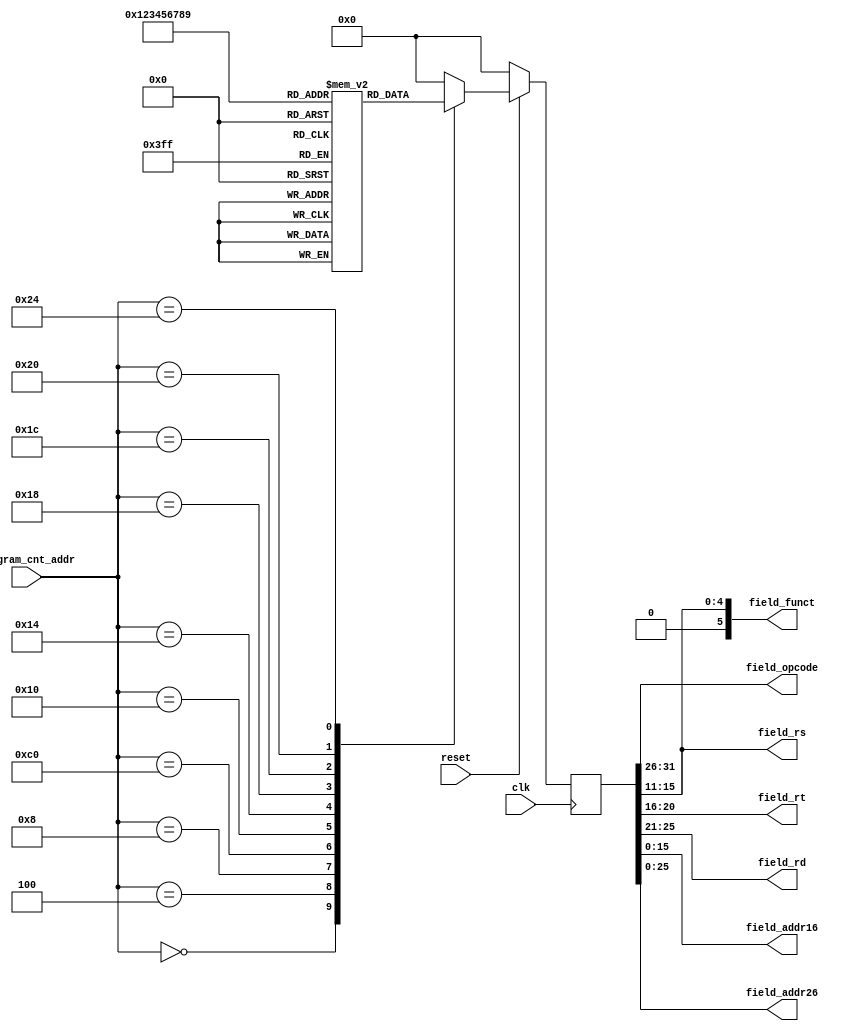
// Instruction Memory. MIPS CPU
// Nicolas Rodriguez
// Nov 13, 2020

// program to be exectued
// addi $t0, $t0,   2       0x21080002
// addi $t0, $t0,   2       0x21080002
// add  $t0, $t0, $t2       0x010a4020
// addi $t1, $t1,   1       0x21290001
// sw   $t0, 0($t1)         0xad280000
// lw   $t2, 0($t1)         0x8d2a0000
// loop:
// sub  $t0, $t0, $t1       0x01094022
// beq  $t0, $t1, end       0x11090001
// j    loop                0x08000006
// end:

// nine instructions
//
module instruction_memory (clk,
                           reset,
                           program_cnt_addr,
                           field_opcode,
                           field_rs,
                           field_rt,
                           field_rd,
                           field_funct,
                           field_addr16,
                           field_addr26
                           );

// i/o
input clk, reset;
input wire [31:0] program_cnt_addr;

output wire [ 5:0] field_opcode;
output wire [ 4:0] field_rs;
output wire [ 4:0] field_rt;
output wire [ 4:0] field_rd;
output wire [ 5:0] field_funct;
output wire [15:0] field_addr16;
output wire [25:0] field_addr26;

// local
reg [31:0] local_instruction_reg;

// 9 instructions
reg [31:0] instructions [0:9];

initial begin
  instructions[0] = 32'h21080002;
  instructions[1] = 32'h21080002;
  instructions[2] = 32'h010a4020;
  instructions[3] = 32'h21290001;
  instructions[4] = 32'had280000;
  instructions[5] = 32'h8d2a0000;
  instructions[6] = 32'h01094022;
  instructions[7] = 32'h11090001;
  instructions[8] = 32'h08000006;
  instructions[9] = 32'hffffffff;
end

// logic
assign field_opcode = local_instruction_reg[31:26];
assign field_rd     = local_instruction_reg[25:21];
assign field_rt     = local_instruction_reg[20:16];
assign field_rs     = local_instruction_reg[15:11];
assign field_funct  = local_instruction_reg[15:11];
assign field_addr16 = local_instruction_reg[15: 0];
assign field_addr26 = local_instruction_reg[25: 0];

always @ (posedge clk) begin

    if (!reset) begin
        //might want to revise this
        local_instruction_reg <= 0;
    end // if !reset
    else begin
        case (program_cnt_addr)
            32'h0000_0000: local_instruction_reg <= instructions[0];
            32'h0000_0004: local_instruction_reg <= instructions[1];
            32'h0000_0008: local_instruction_reg <= instructions[2];
            32'h0000_00c0: local_instruction_reg <= instructions[3];
            32'h0000_0010: local_instruction_reg <= instructions[4];
            32'h0000_0014: local_instruction_reg <= instructions[5];
            32'h0000_0018: local_instruction_reg <= instructions[6];
            32'h0000_001c: local_instruction_reg <= instructions[7];
            32'h0000_0020: local_instruction_reg <= instructions[8];
            32'h0000_0024: local_instruction_reg <= instructions[9];

            // might want to revise this as well
            default: local_instruction_reg <= 0;
        endcase // program_cnt_addr
    end // else !reset
end // always clk

endmodule // instruction_memory